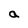
Character: a